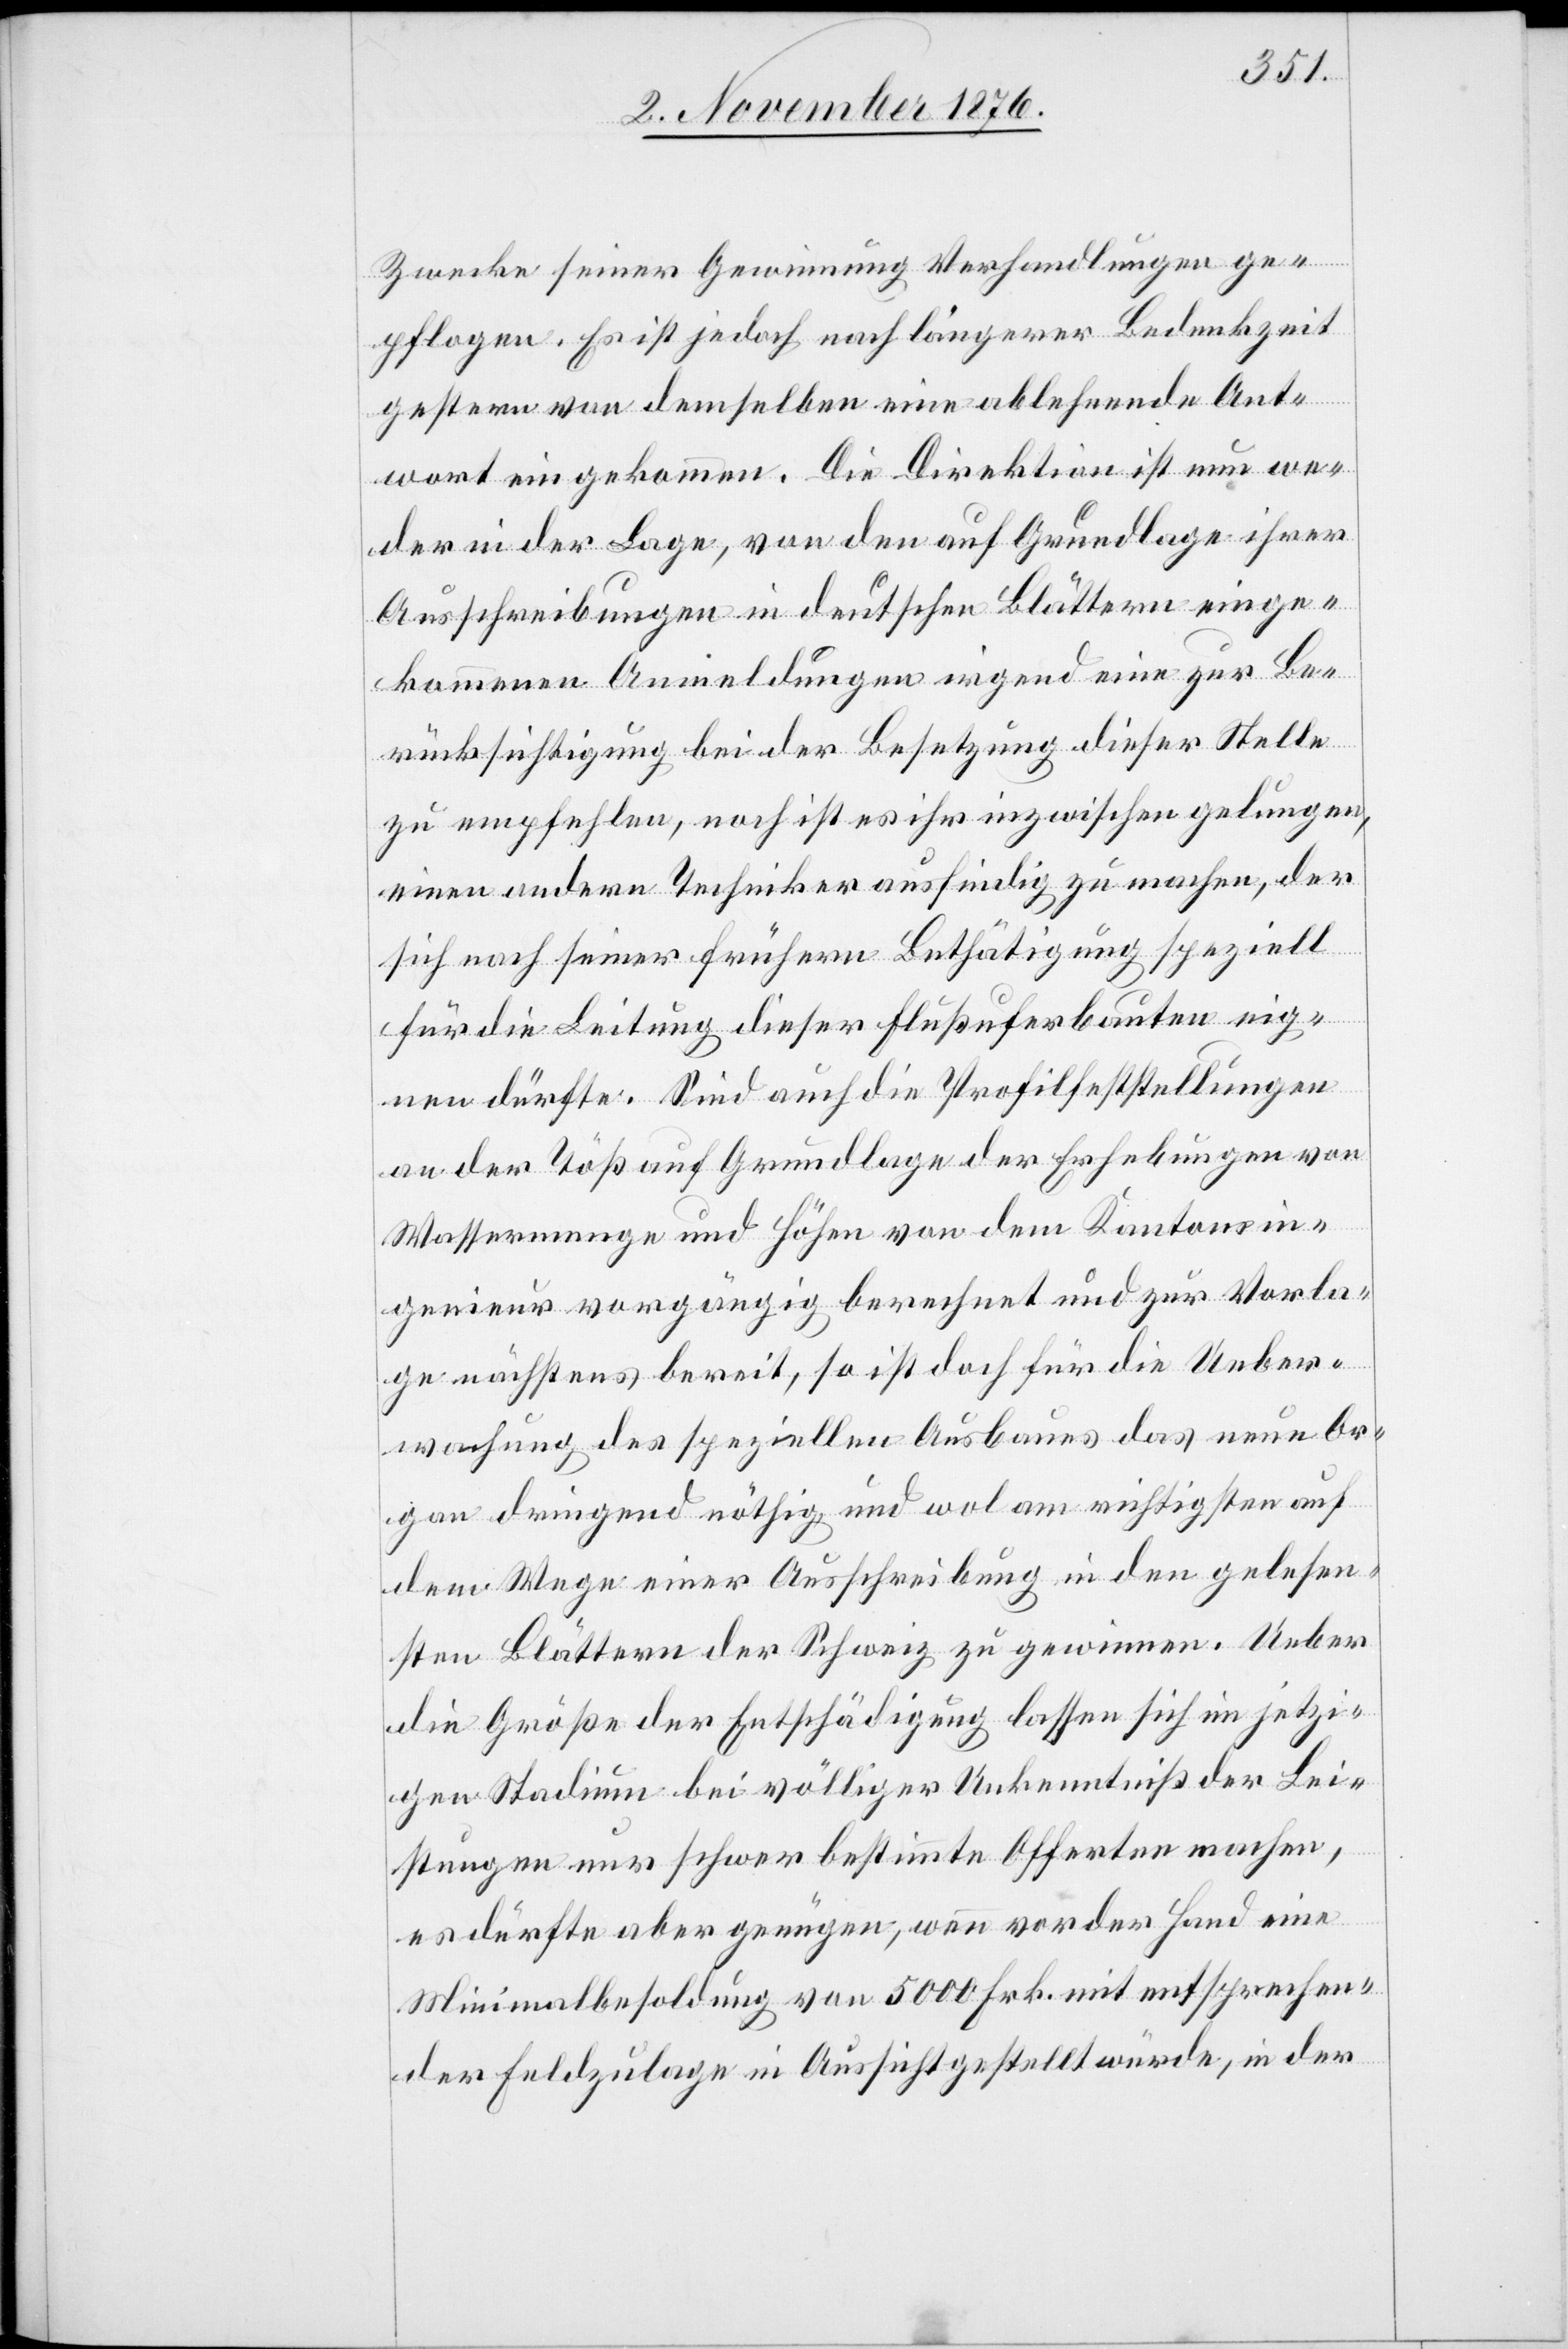
Zwecke seiner Gewinnung Verhandlungen ge¬
pflogen. Es ist jedoch nach längerer Bedenkzeit
gestern von demselben eine ablehnende Ant¬
wort eingekommen. Die Direktion ist nun we¬
der in der Lage, von den auf Grundlage ihrer
Ausschreibungen in deutschen Blättern einge¬
kommenen Anmeldungen irgend eine zur Be¬
rücksichtigung bei der Besetzung dieser Stelle
zu empfehlen, noch ist es ihr inzwischen gelungen,
einen andern Techniker ausfindig zu machen, der
sich nach seiner frühern Bethätigung speziell
für die Leitung dieser Flußuferbauten eig¬
nen dürfte. Sind auch die Profilfeststellungen
an der Töß auf Grundlage der Erhebungen von
Wassermenge und Höhen von dem Kantonsin¬
genieur vorgängig berechnet und zur Vorla¬
ge nächstens bereit, so ist doch für die Ueber¬
wachung des speziellen Ausbaues das neue Or¬
gan dringend nöthig und wol am richtigsten auf
dem Wege einer Ausschreibung in den gelesen¬
sten Blättern der Schweiz zu gewinnen. Ueber
die Größe der Entschädigung lassen sich im jetzi¬
gen Stadium bei völliger Unkenntniß der Lei¬
stungen nur schwer bestimmte Offerten machen,
es dürfte aber genügen, wenn vor der Hand eine
Minimalbesoldung von 5000 Frk. mit entsprechen¬
der Feldzulage in Aussicht gestellt würde, in der